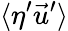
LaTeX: \langle\eta^{\prime}\vec{u}^{\prime}\rangle